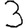
Digit: 3